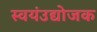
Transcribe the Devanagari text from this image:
स्वयंउद्योजक